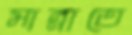
মান্নাতে